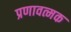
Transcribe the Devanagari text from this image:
प्रणावत्मक